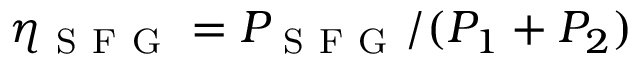
\eta _ { \mathrm { ~ S ~ F ~ G ~ } } = P _ { \mathrm { ~ S ~ F ~ G ~ } } / ( P _ { 1 } + P _ { 2 } )